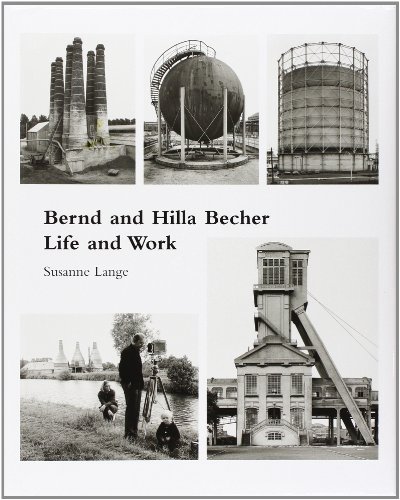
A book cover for Bernd and Hilla Becher: Life and Work; Susanne Lange; Arts & Photography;